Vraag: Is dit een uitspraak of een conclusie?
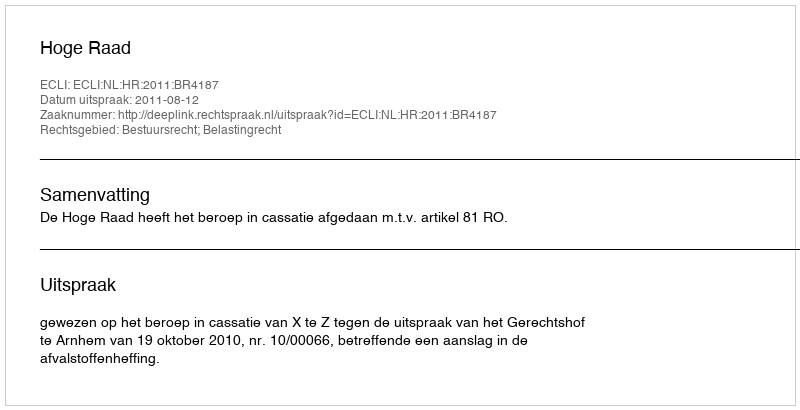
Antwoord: Uitspraak